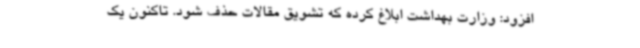
افزود: وزارت بهداشت ابلاغ کرده که تشویق مقالات حذف شود. تاکنون یک